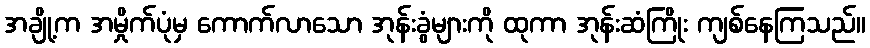
အချို့က အမှိုက်ပုံမှ ကောက်လာသော အုန်းခွံများကို ထုကာ အုန်းဆံကြိုး ကျစ်နေကြသည်။